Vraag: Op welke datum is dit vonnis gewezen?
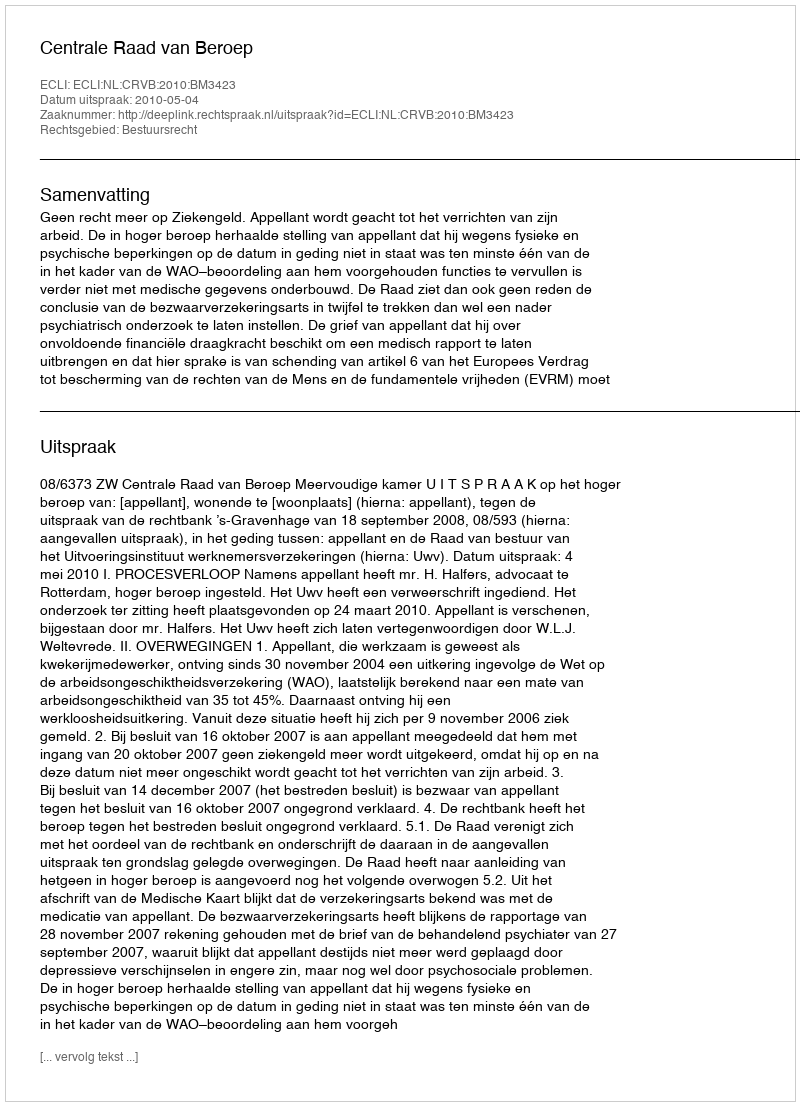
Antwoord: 2010-05-04